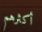
أكثرهم